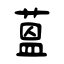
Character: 蒕